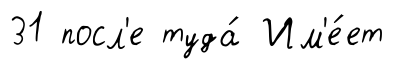
31 посл'е туда́ Им'е́ет